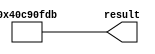
// megafunction wizard: %LPM_CONSTANT%
// GENERATION: STANDARD
// VERSION: WM1.0
// MODULE: LPM_CONSTANT 

// ============================================================
// Megafunction Name(s):
// 			LPM_CONSTANT
//
// Simulation Library Files(s):
// 			
// ============================================================
// ************************************************************
// THIS IS A WIZARD-GENERATED FILE. DO NOT EDIT THIS FILE!
//
// 13.1.0 Build 162 10/23/2013 SJ Full Version
// ************************************************************


//Copyright (C) 1991-2013 Altera Corporation
//Your use of Altera Corporation's design tools, logic functions 
//and other software and tools, and its AMPP partner logic 
//functions, and any output files from any of the foregoing 
//(including device programming or simulation files), and any 
//associated documentation or information are expressly subject 
//to the terms and conditions of the Altera Program License 
//Subscription Agreement, Altera MegaCore Function License 
//Agreement, or other applicable license agreement, including, 
//without limitation, that your use is for the sole purpose of 
//programming logic devices manufactured by Altera and sold by 
//Altera or its authorized distributors.  Please refer to the 
//applicable agreement for further details.


//lpm_constant CBX_AUTO_BLACKBOX="ALL" ENABLE_RUNTIME_MOD="NO" LPM_CVALUE=40C90FDB LPM_WIDTH=32 result
//VERSION_BEGIN 13.1 cbx_lpm_constant 2013:10:23:18:05:48:SJ cbx_mgl 2013:10:23:18:06:54:SJ  VERSION_END
// synthesis VERILOG_INPUT_VERSION VERILOG_2001
// altera message_off 10463


//synthesis_resources = 
//synopsys translate_off
`timescale 1 ps / 1 ps
//synopsys translate_on
module  lpm_constant1_lpm_constant_n79
	( 
	result) ;
	output   [31:0]  result;


	assign
		result = 32'b01000000110010010000111111011011;
endmodule //lpm_constant1_lpm_constant_n79
//VALID FILE


// synopsys translate_off
`timescale 1 ps / 1 ps
// synopsys translate_on
module lpm_constant1 (
	result);

	output	[31:0]  result;

	wire [31:0] sub_wire0;
	wire [31:0] result = sub_wire0[31:0];

	lpm_constant1_lpm_constant_n79	lpm_constant1_lpm_constant_n79_component (
				.result (sub_wire0));

endmodule

// ============================================================
// CNX file retrieval info
// ============================================================
// Retrieval info: PRIVATE: INTENDED_DEVICE_FAMILY STRING "Cyclone III"
// Retrieval info: PRIVATE: JTAG_ENABLED NUMERIC "0"
// Retrieval info: PRIVATE: JTAG_ID STRING "NONE"
// Retrieval info: PRIVATE: Radix NUMERIC "16"
// Retrieval info: PRIVATE: SYNTH_WRAPPER_GEN_POSTFIX STRING "0"
// Retrieval info: PRIVATE: Value NUMERIC "1086918619"
// Retrieval info: PRIVATE: nBit NUMERIC "32"
// Retrieval info: PRIVATE: new_diagram STRING "1"
// Retrieval info: LIBRARY: lpm lpm.lpm_components.all
// Retrieval info: CONSTANT: LPM_CVALUE NUMERIC "1086918619"
// Retrieval info: CONSTANT: LPM_HINT STRING "ENABLE_RUNTIME_MOD=NO"
// Retrieval info: CONSTANT: LPM_TYPE STRING "LPM_CONSTANT"
// Retrieval info: CONSTANT: LPM_WIDTH NUMERIC "32"
// Retrieval info: USED_PORT: result 0 0 32 0 OUTPUT NODEFVAL "result[31..0]"
// Retrieval info: CONNECT: result 0 0 32 0 @result 0 0 32 0
// Retrieval info: GEN_FILE: TYPE_NORMAL lpm_constant1.v TRUE
// Retrieval info: GEN_FILE: TYPE_NORMAL lpm_constant1.inc FALSE
// Retrieval info: GEN_FILE: TYPE_NORMAL lpm_constant1.cmp FALSE
// Retrieval info: GEN_FILE: TYPE_NORMAL lpm_constant1.bsf TRUE
// Retrieval info: GEN_FILE: TYPE_NORMAL lpm_constant1_inst.v FALSE
// Retrieval info: GEN_FILE: TYPE_NORMAL lpm_constant1_bb.v TRUE